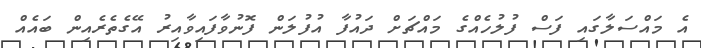
އެ މައްސަލާގައި ފަސް ފުލުހެއްގެ މައްޗަށް ދައުފާ އުފުލަން ފޮނުވާފައިވާއިރު އޭގެތެރެއިން ބައެއް